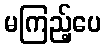
မကြည့်ပေ